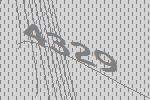
4329